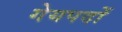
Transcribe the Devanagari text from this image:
गेयपदों